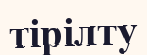
тірілту